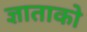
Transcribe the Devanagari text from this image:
ज्ञाताको